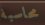
محاسبة